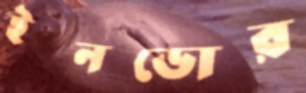
ইনডোর